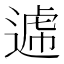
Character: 𨕑